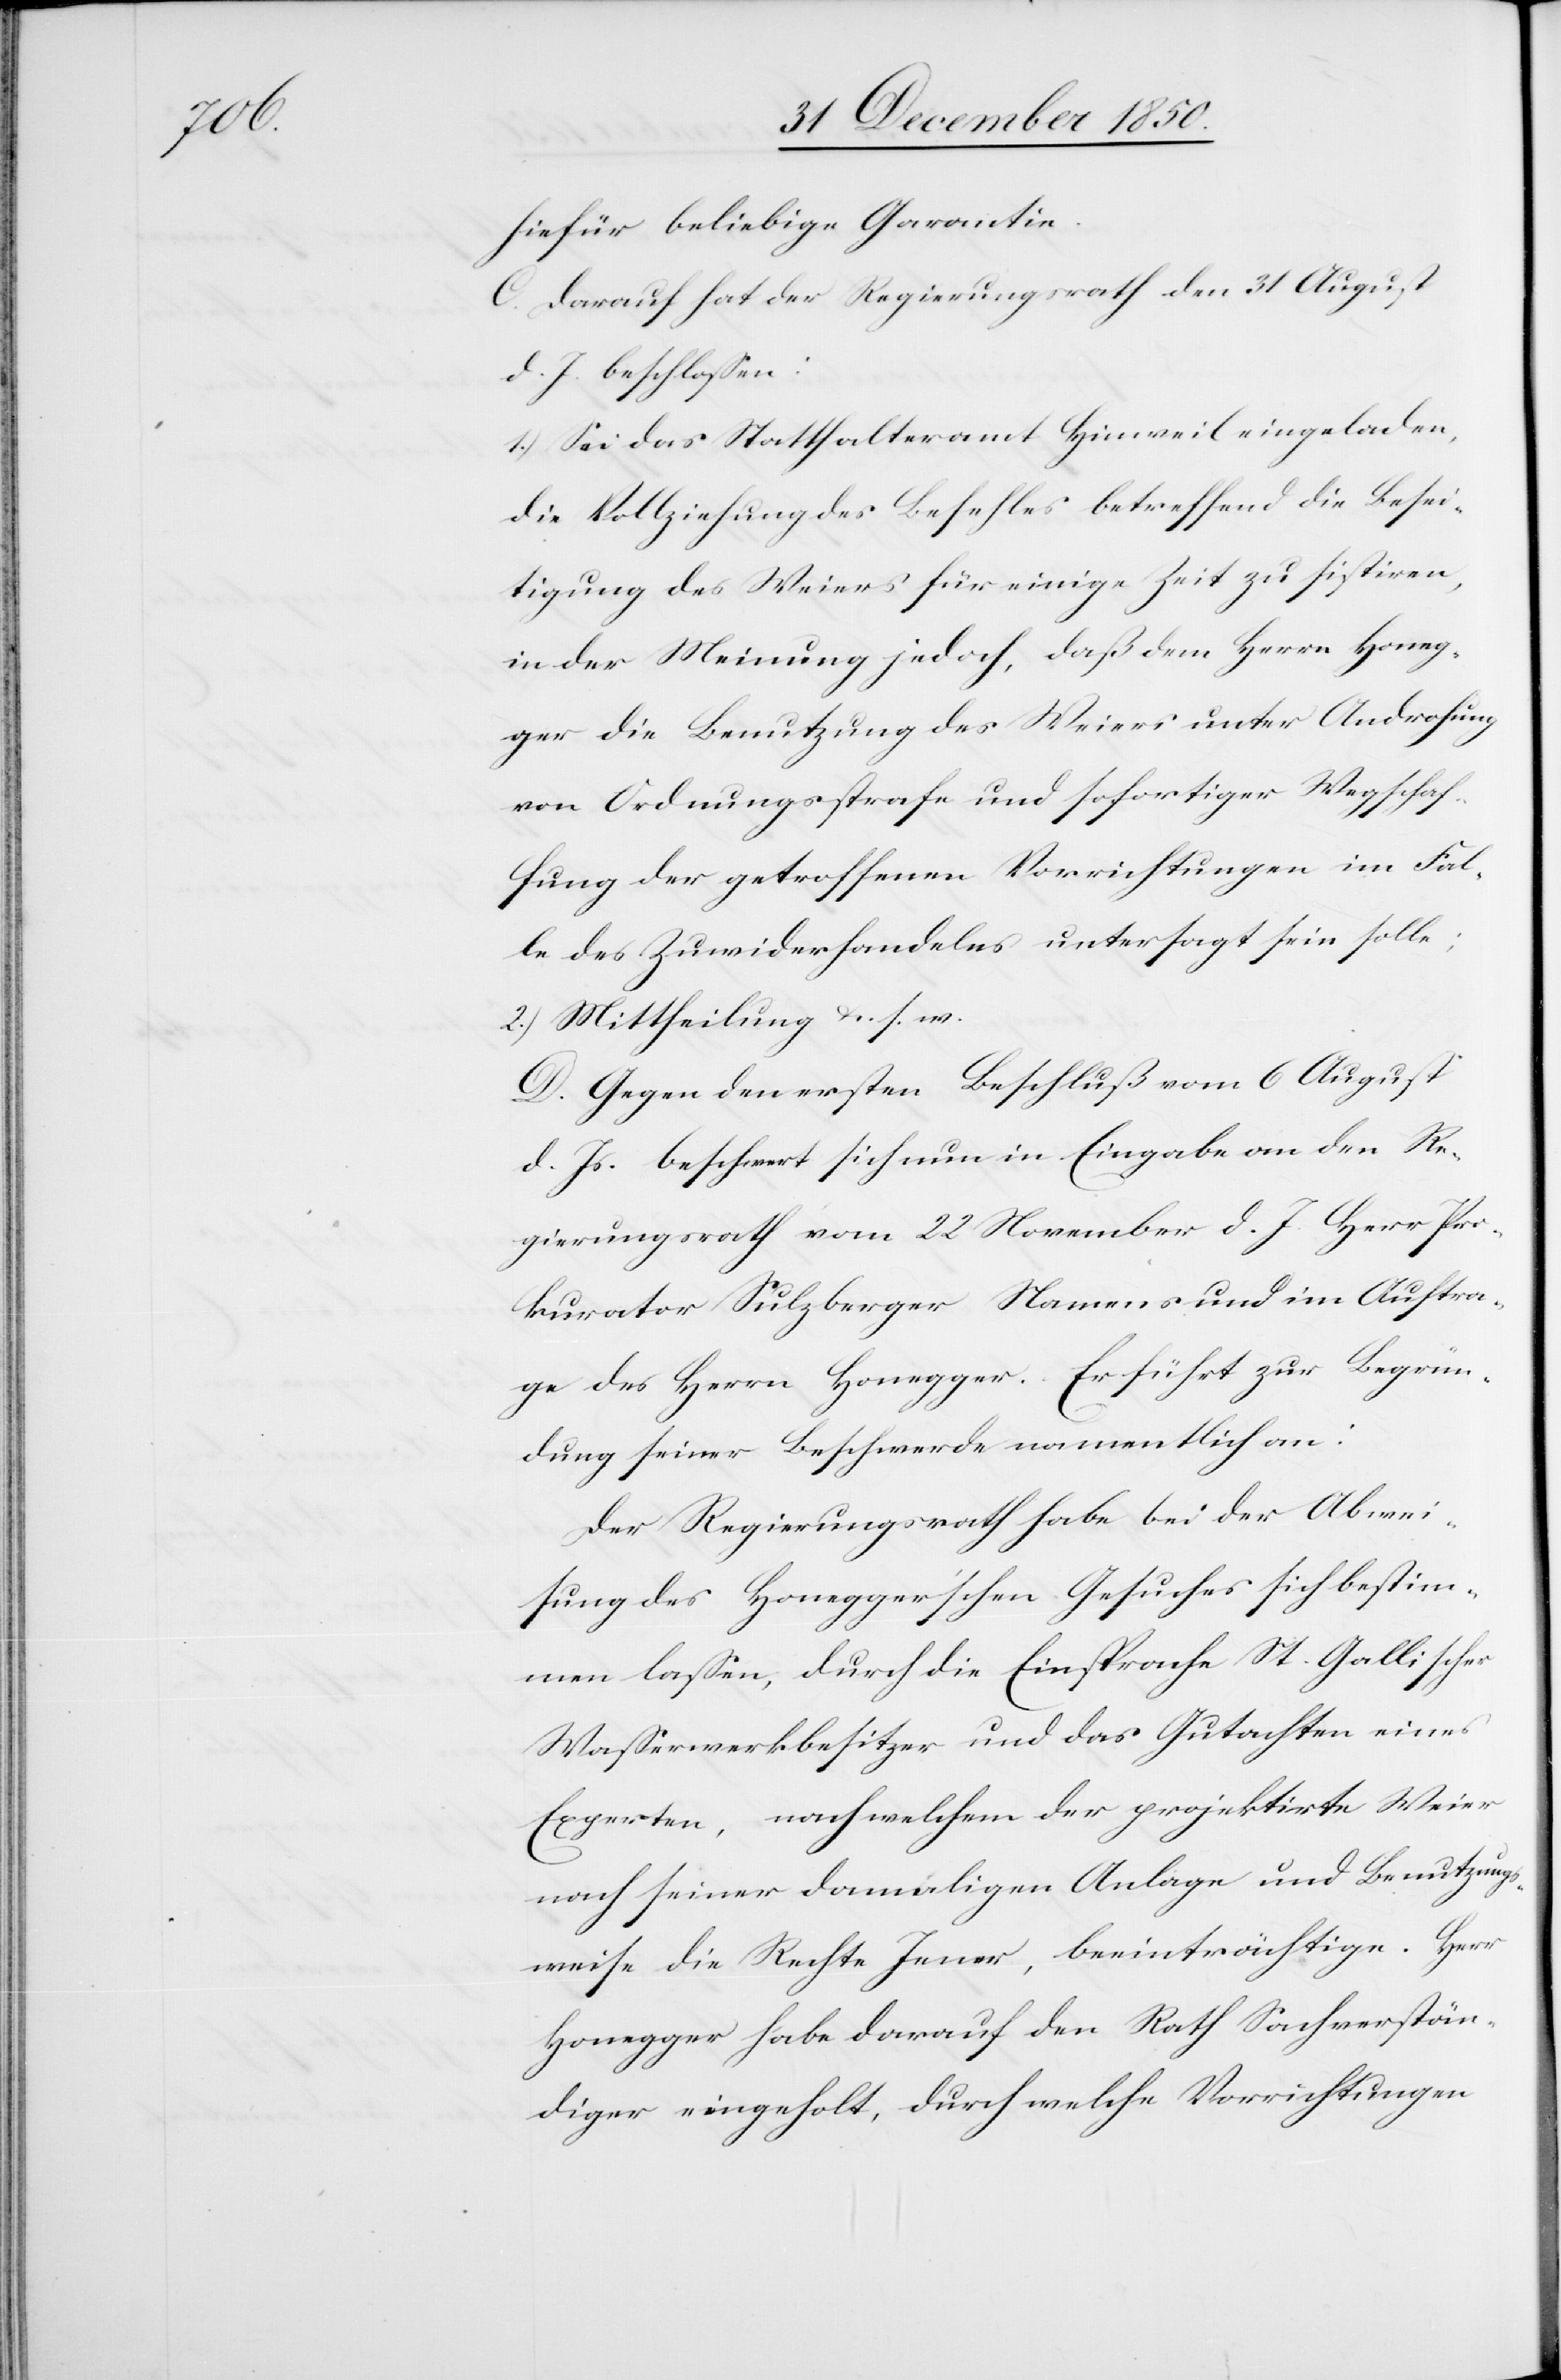
hiefür beliebige Garantie.
C. Darauf hat der Regierungsrath den 31 August
d. J. beschlossen:
1.) Sei das Statthalteramt Hinweil eingeladen,
die Vollziehung des Befehles betreffend die Besei¬
tigung des Weiers für einige Zeit zu sistiren,
in der Meinung jedoch, daß dem Herrn Honeg¬
ger die Benutzung des Weiers unter Androhung
von Ordnungsstrafe und sofortiger Wegschaf¬
fung der getroffenen Vorrichtungen im Fal¬
le des Zuwiderhandelns untersagt sein solle;
2.) Mittheilung u. s. w.
D. Gegen den ersten Beschluß vom 6 August
d. Js. beschwert sich nun in Eingabe an den Re¬
gierungsrath vom 22 November d. J. Herr Pro¬
kurator Sulzberger Namens und im Auftra¬
ge des Herrn Honegger. Er führt zur Begrün¬
dung seiner Beschwerde namentlich an:
Der Regierungsrath habe bei der Abwei¬
sung des Honegger’schen Gesuches sich bestim¬
men lassen, durch die Einsprache St. Gallischer
Wasserwerkbesitzer und das Gutachten eines
Experten, nach welchem der projektirte Weier
nach seiner damaligen Anlage und Benutzungs¬
weise die Rechte Jener, beeinträchtige. Herr
Honegger habe darauf den Rath Sachverstän¬
diger eingeholt, durch welche Vorrichtungen